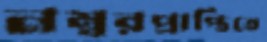
নম্বরপ্রাপ্তিতে